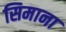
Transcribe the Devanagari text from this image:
सिमाना